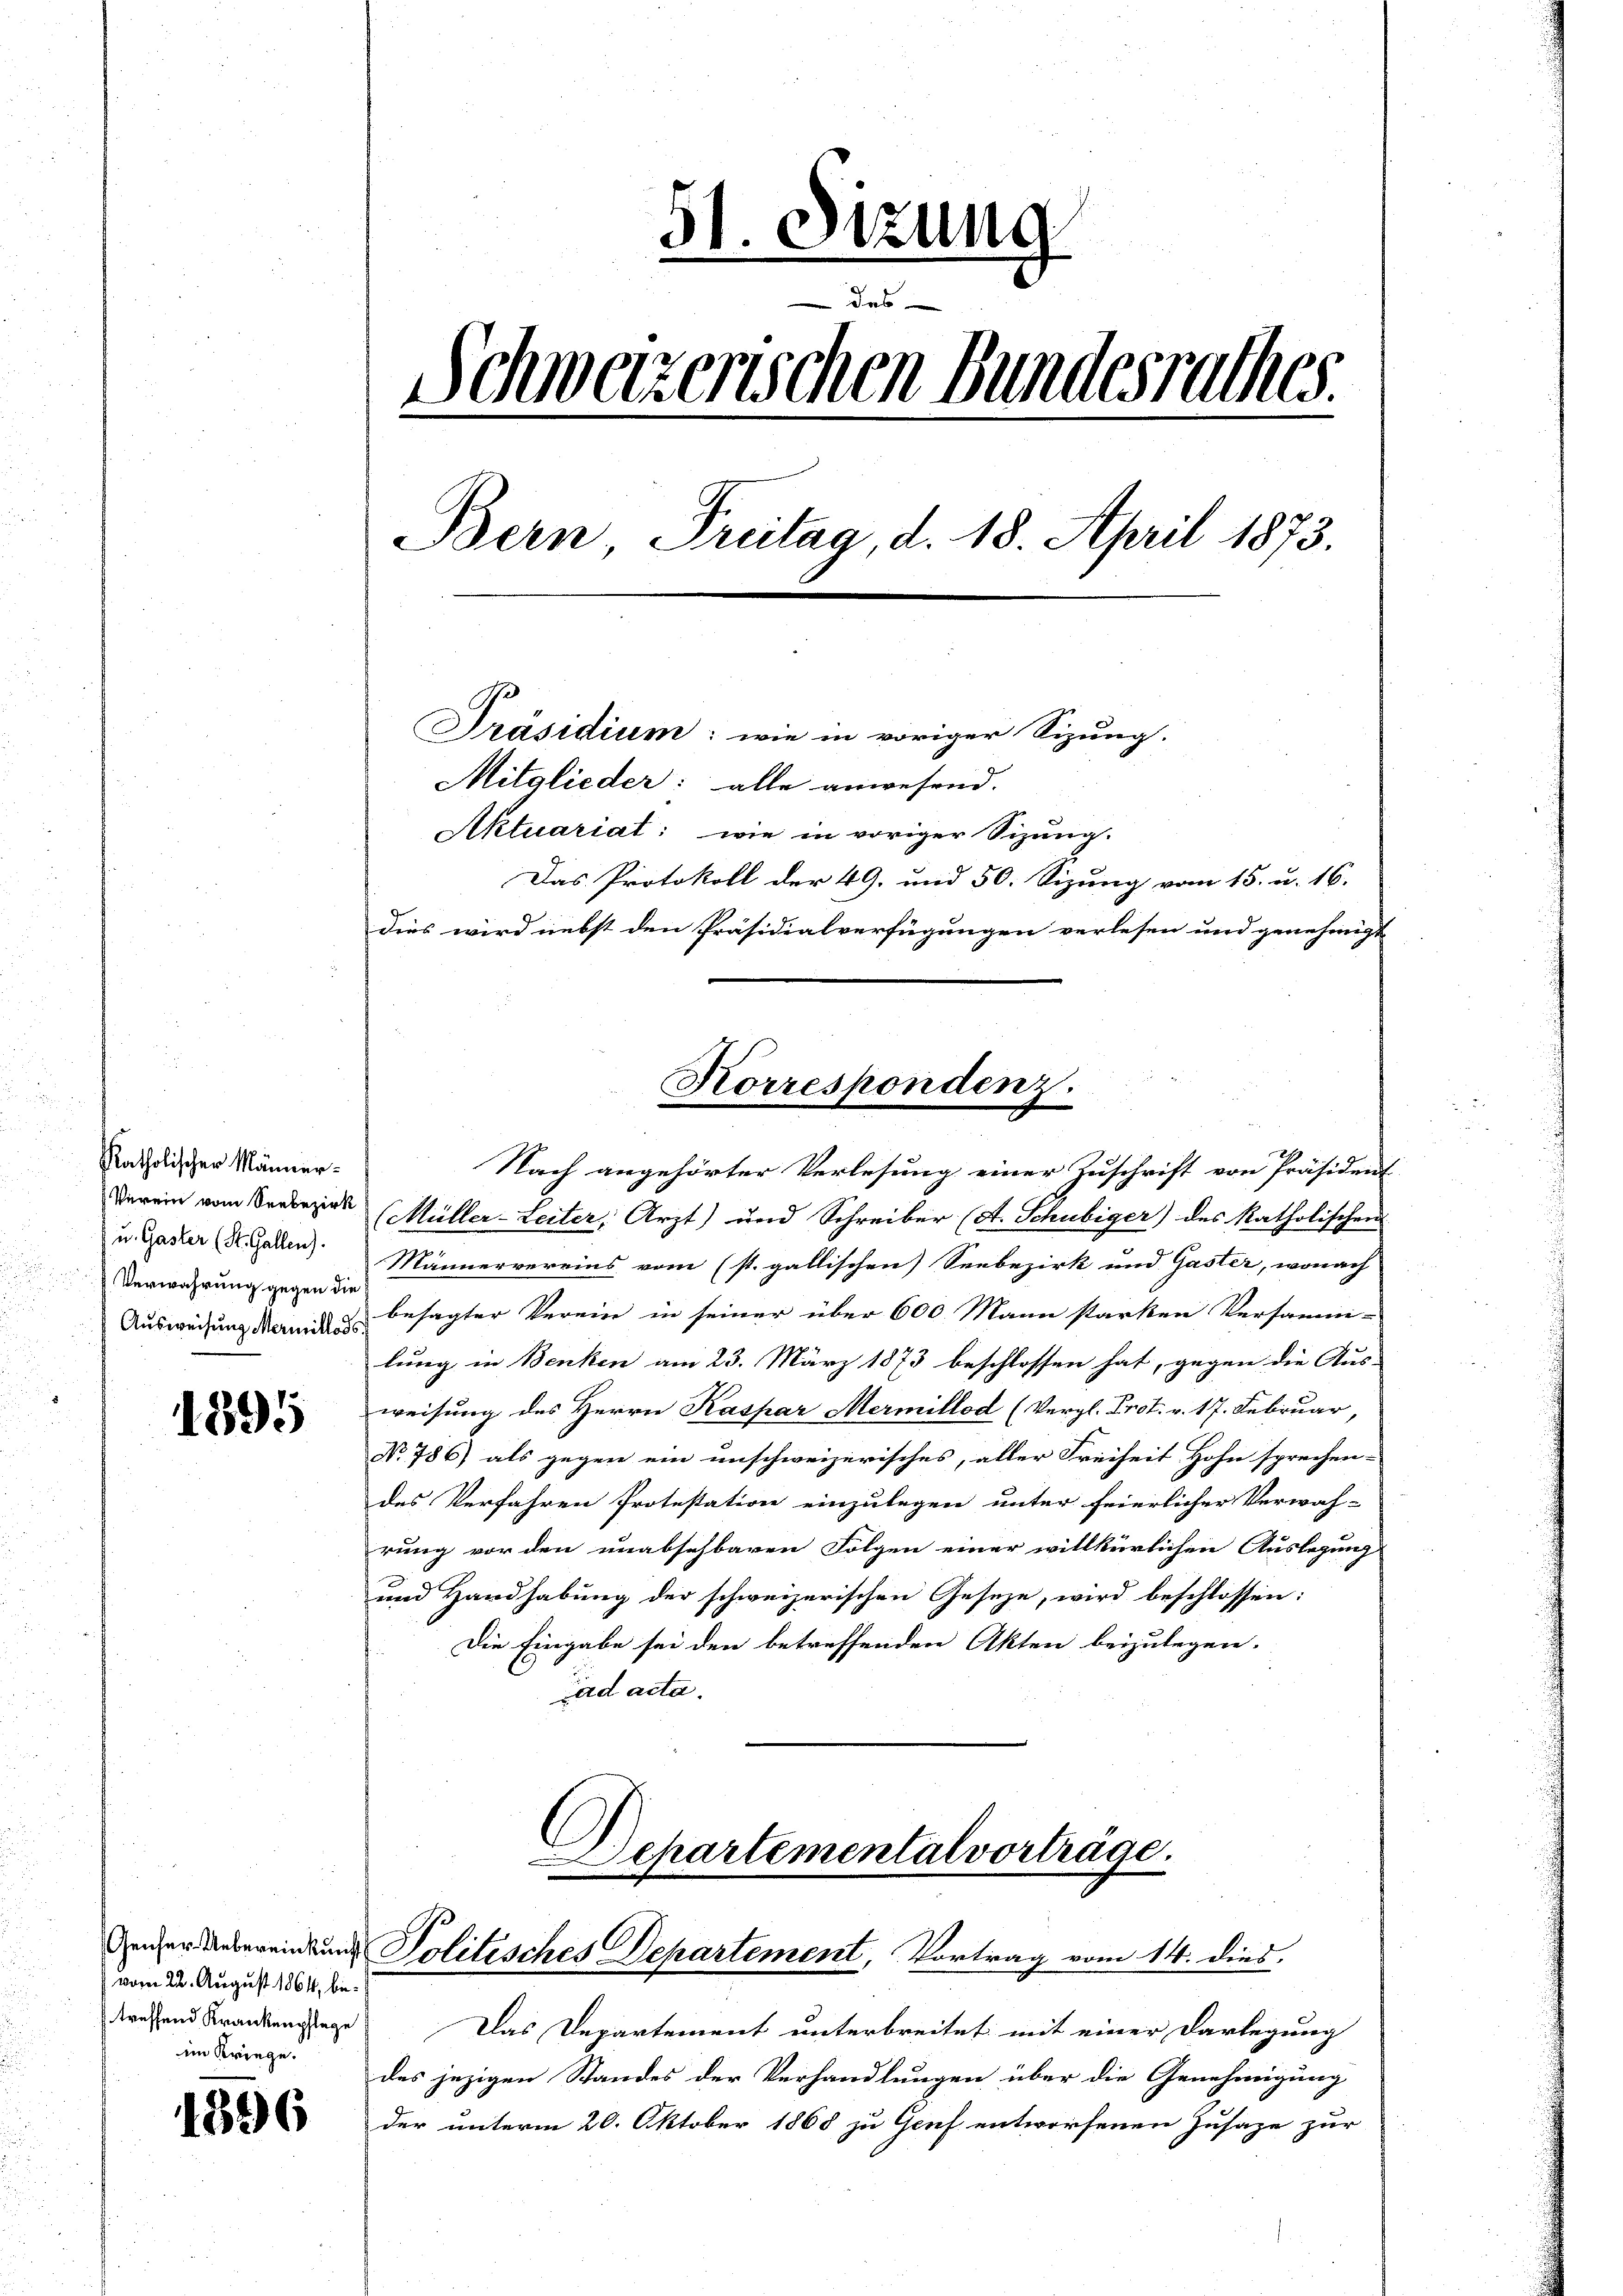
Katholischer Männer¬
Verein vom Seebezirk
u. Gaster (St. Gallen).
Verwahrung gegen die
Ausweisung Meriillos

1395

vom 22. August 1864, betreffend Krankenpflege
im Kriege.

1896

51. Setzung
Schweizerischen Bundesrathes.
Bern Freitag, d. 18. April 1873.
Präsidium: wie in voriger Sizung.
Mitglieder: alle anwesend.
Aktuariat: wie in voriger Sizung.
Das Protokoll der 49. und 50. Sizung vom 15. u. 16.
dies wird nebst den Präsidialverfügungen verlesen und genehmigt

(Müller-Leiter, Arzt) und Schreiber (A. Schubiger) des katholischen
Männervereins vom (st. gallischen Seebezirk und Gaster, wonach
besagter Verein in seiner über 600 Mann starken Versamm-
lung in Benken am 23. März 1873 beschlossen hat, gegen die Aus-
weisung des Herrn Kaspar Mermillod (Vergl. Prot. v. 17. Februar
No 786) als gegen ein unschweizerisches, aller Freiheit Hohn sprechen-
des Verfahren Protestation einzulegen unter feierlicher Verwah-
rung vor den unabsehbaren Folgen einer willkürlichen Auslegung
und Handhabung der schweizerischen Geseze, wird beschlossen:
Die Eingabe sei den betreffenden Akten beizulegen.
Tad acta.

Departemental vorträge.
Zeicher Unbereinkung Politisches Departement, Vortrag vom 14. dies

2
Korrespondenz.
Nach angehörter Verlesung einer Zuschrift von Präsident

Das Departement unterbreitet mit einer Darlegung
des jezigen Standes der Verhandlungen über die Genehmigung
der unterm 20. Oktober 1868 zu Genf entworfenen Zusage zur